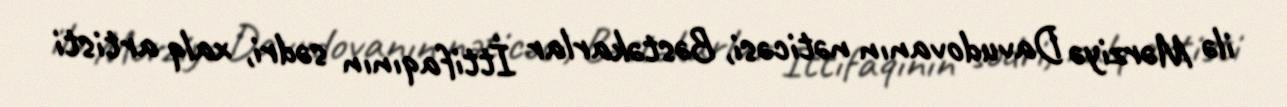
ilə Mərziyə Davudovanın nəticəsi, Bəstəkarlar İttifaqının sədri, xalq artisti